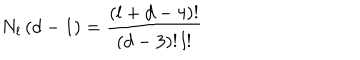
LaTeX: N _ { l } \left( d - 1 \right) = \frac { \left( l + d - 4 \right) ! } { \left( d - 3 \right) ! \, l ! }